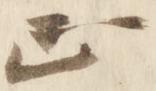
正